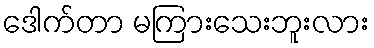
ဒေါက်တာ မကြားသေးဘူးလား